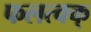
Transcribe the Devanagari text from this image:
फलत्वक्‌